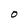
Character: O